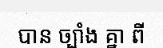
បាន ច្បាំង គ្នា ពី